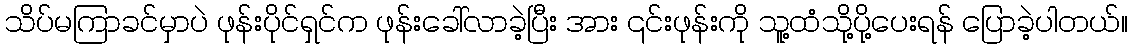
သိပ်မကြာခင်မှာပဲ ဖုန်းပိုင်ရှင်က ဖုန်းခေါ်လာခဲ့ပြီး အား ၎င်းဖုန်းကို သူ့ထံသို့ပို့ပေးရန် ပြောခဲ့ပါတယ်။